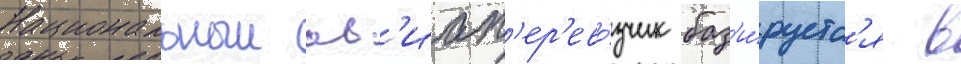
Национальныи ав'иап'ер'ево́зчик баз'и́руетс'я в